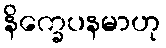
နိက္ခေပနမာဟု